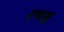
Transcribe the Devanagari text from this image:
रण्ड